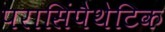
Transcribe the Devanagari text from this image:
परासिंपैथेटिक